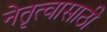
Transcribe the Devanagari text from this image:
नेतृत्वासाठी